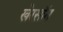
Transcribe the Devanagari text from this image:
खेरसॉन